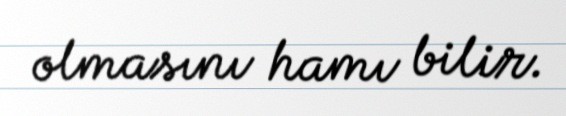
olmasını hamı bilir.